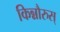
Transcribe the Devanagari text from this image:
किन्नौरुस्